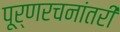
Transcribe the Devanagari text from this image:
पूर्णरचनांतरी